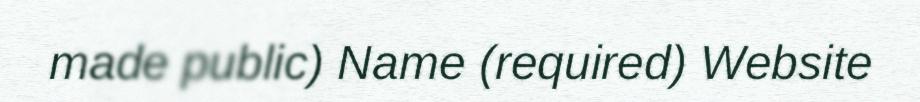
made public) Name (required) Website